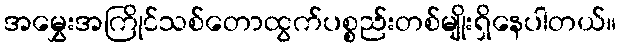
အမွှေးအကြိုင်သစ်တောထွက်ပစ္စည်းတစ်မျိုးရှိနေပါတယ်။